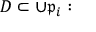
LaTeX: D \subset \cup { \mathfrak { p } } _ { i } :